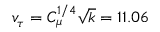
v _ { \tau } = C _ { \mu } ^ { 1 / 4 } \sqrt { k } = 1 1 . 0 6